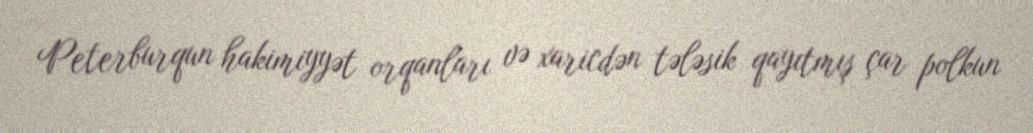
Peterburqun hakimiyyət orqanları və xaricdən tələsik qayıtmış çar polkun